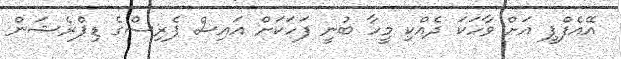
އޭއެފްޕީ އަށް ވާހަކަ ދެއްކި މީހާ ބުނީ ފަހަކަށް އައިސް ޕެރިސްގެ ޑިޕްރެޝަން